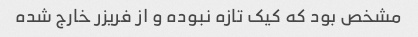
مشخص بود که کیک تازه نبوده و از فریزر خارج شده